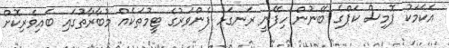
އެކަމަކު ޕޮމިސް ކަޕްގެ ބޭނުން ހިފޭނީ ރަނގަޅު ފެންވަރުގެ ޓީމުތަކެއް މުބާރާތުގައި ބައިވެރިކޮށް